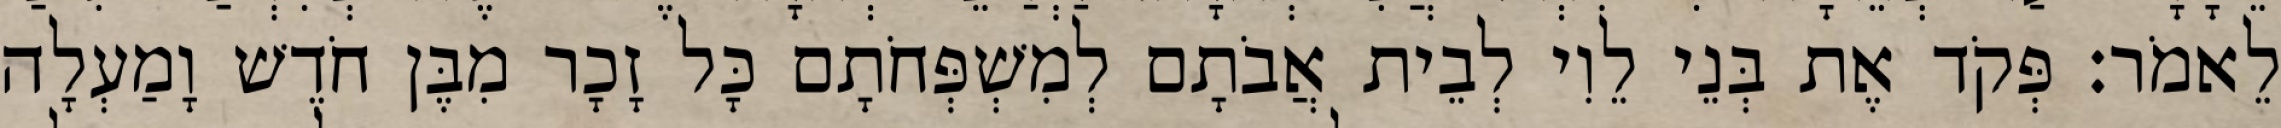
לֵאמֹר׃ פְּקֹד אֶת בְּנֵי לֵוִי לְבֵית אֲבֹתָם לְמִשְׁפְּחֹתָם כָּל זָכָר מִבֶּן חֹדֶשׁ וָמַעְלָה